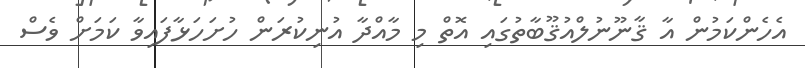
އެހެންކަމުން އާ ޤާނޫނުލްއުޤޫބާތުގައި އޮތް މި މާއްދާ އުނިކުރަން ހުށަހަޅާފައިވާ ކަމަށް ވެސް